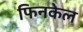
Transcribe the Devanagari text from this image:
फिनकेल